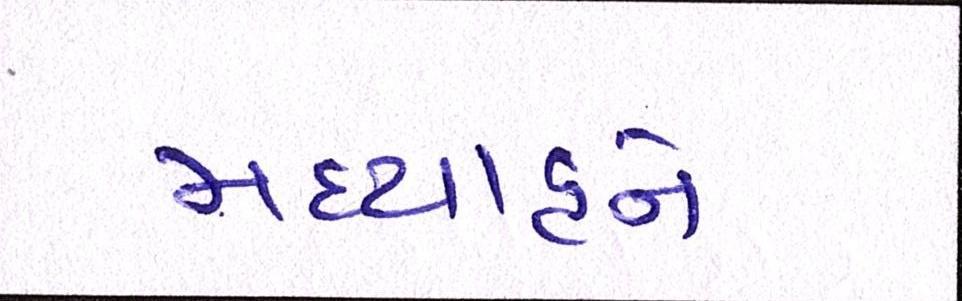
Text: મધ્યાહ્ને